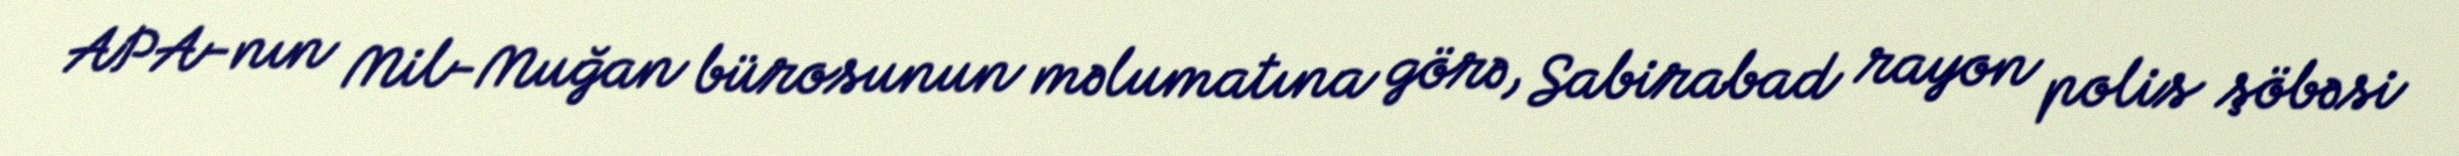
APA-nın Mil-Muğan bürosunun məlumatına görə, Sabirabad rayon polis şöbəsi